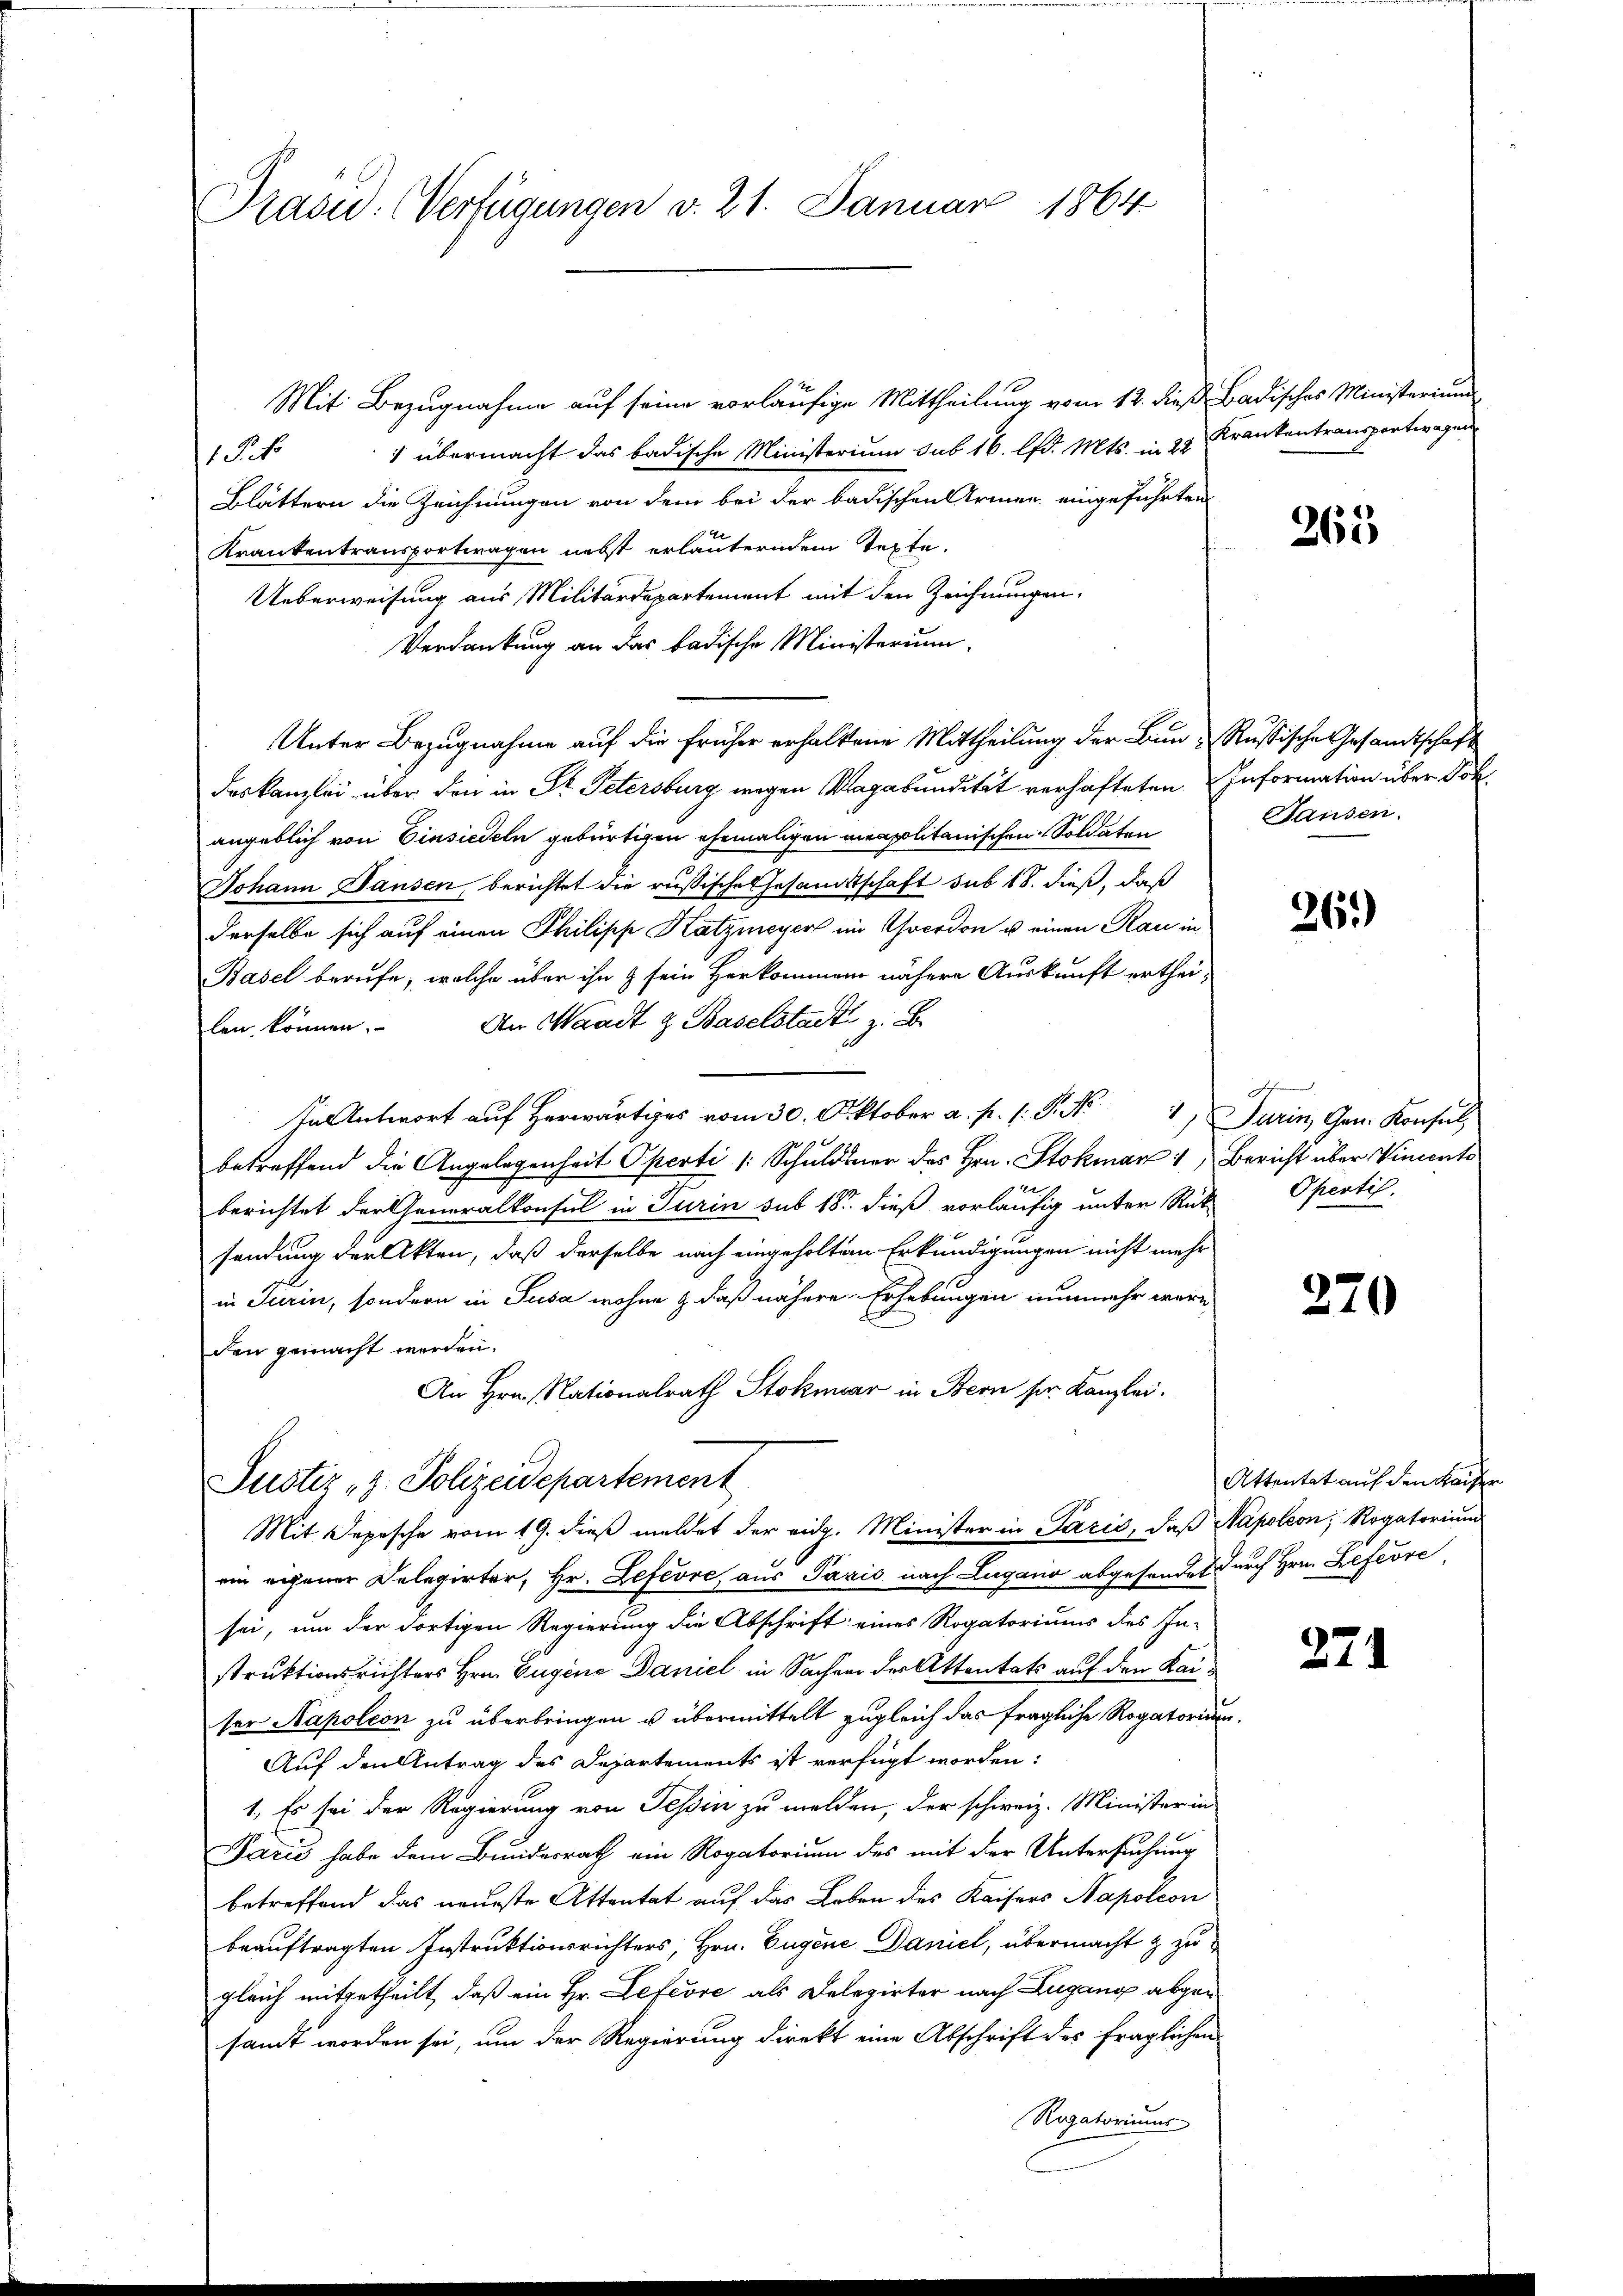
Prau. Verfügungen v. 21. Januar 1864

Mit Bezugnahme auf seine vorläufige Mittheilung vom 12. dieß Badisches Ministerium
1 übermacht das badische Ministerium sub 16. lfd. Mts. in 22
1 Pho
Blättern die Zeichnungen von dem bei der badischen Armen eingeführten
Krankentransportwagen nebst erläuterndem Texte,
Ueberweisung aus Militärdepartement mit den Zeichnungen.
Verdankung an das badische Ministerium
Unter Bezugnahme auf die früher erhaltene Mittheilung der Bun-Russische Gesandtschaft
deskanzlei über den in Dr. Petersburg wegen Vagabundität verhafteten. Information über Dokangeblich von Einsiedeln gebürtigen ehemaligen meapolitanischen Soldaten
Johann Hausen berichtet die russische Gesandtschaft sub 18. dieß, daß
derselbe sich auf einen Philipp Katzmeyer im Goerdon u einen Rau in
Basel berufe, welche über ihn & sein Herkommen nähere Auskunft erthei-
len können. An Waadt & Baselstadt zu
ntwort auf Herwärts vom 30. Oktober a. p. 1. P. Nr. 4, Turin, Gen. Konsul
90
betreffend die Angelegenheit Operti (Schuldner des Hrn. Stokmar 1, Bericht über Vincente
t
berichtet der Generalkonsul in Turin sub 18. dieß vorläufig unter Rük Opertis-
sendung der Akten, daß derselbe nach eingeholten Erkundigungen nicht mehr
in Turin, sondern in Susa wohne & daß nähere Erhebungen nunmehr wäre
den gemacht werden.
An Hrn. Nationalrath Stokmar in Bern sr. Kanzlei.
Justiz, z. Polizeidepartement
Mit Depesche vom 19. dieß meldet der eidg. Minister in Paris, daß Napoleon, Rogatorium
ein eigener Delegirter, Hr. Lefevre, aus Paris nach Lugano abgesendet durch Hrn. Lefevre,
sei, um der dortigen Regierung die Abschrift: eines Rogatoriums des In-
struktionsrichters Hrn. Eugene Daniel in Sacher der Attentats auf den Kaiser Napoleon zu überbringen u übermittelt zugleich das fragliche Rogatorium
Auf den Antrag des Departements ist verfügt worden:
1. Es sei der Regierung von Tessin zu melden, der schweiz. Minister in
Paris habe dem Bundesrath ein Rogatorium des mit der Untersuchung
betreffend das neueste Attentat auf das Leben des Kaisers Napoleon
beauftragten Instruktionsrichters, Hrn. Eugene Daniel, übermacht & zu
gleich mitgetheilt, daß ein Hr. Lefevre als Delegirter nach Lugang abgen
sandt worden sei, um der Regierung direkt eine Abschrift des fraglichen
Rogatoriums

Krankentransportwagen

265

Sausen.

26.)

hafen

270

Attentat auf den Kaiser

271